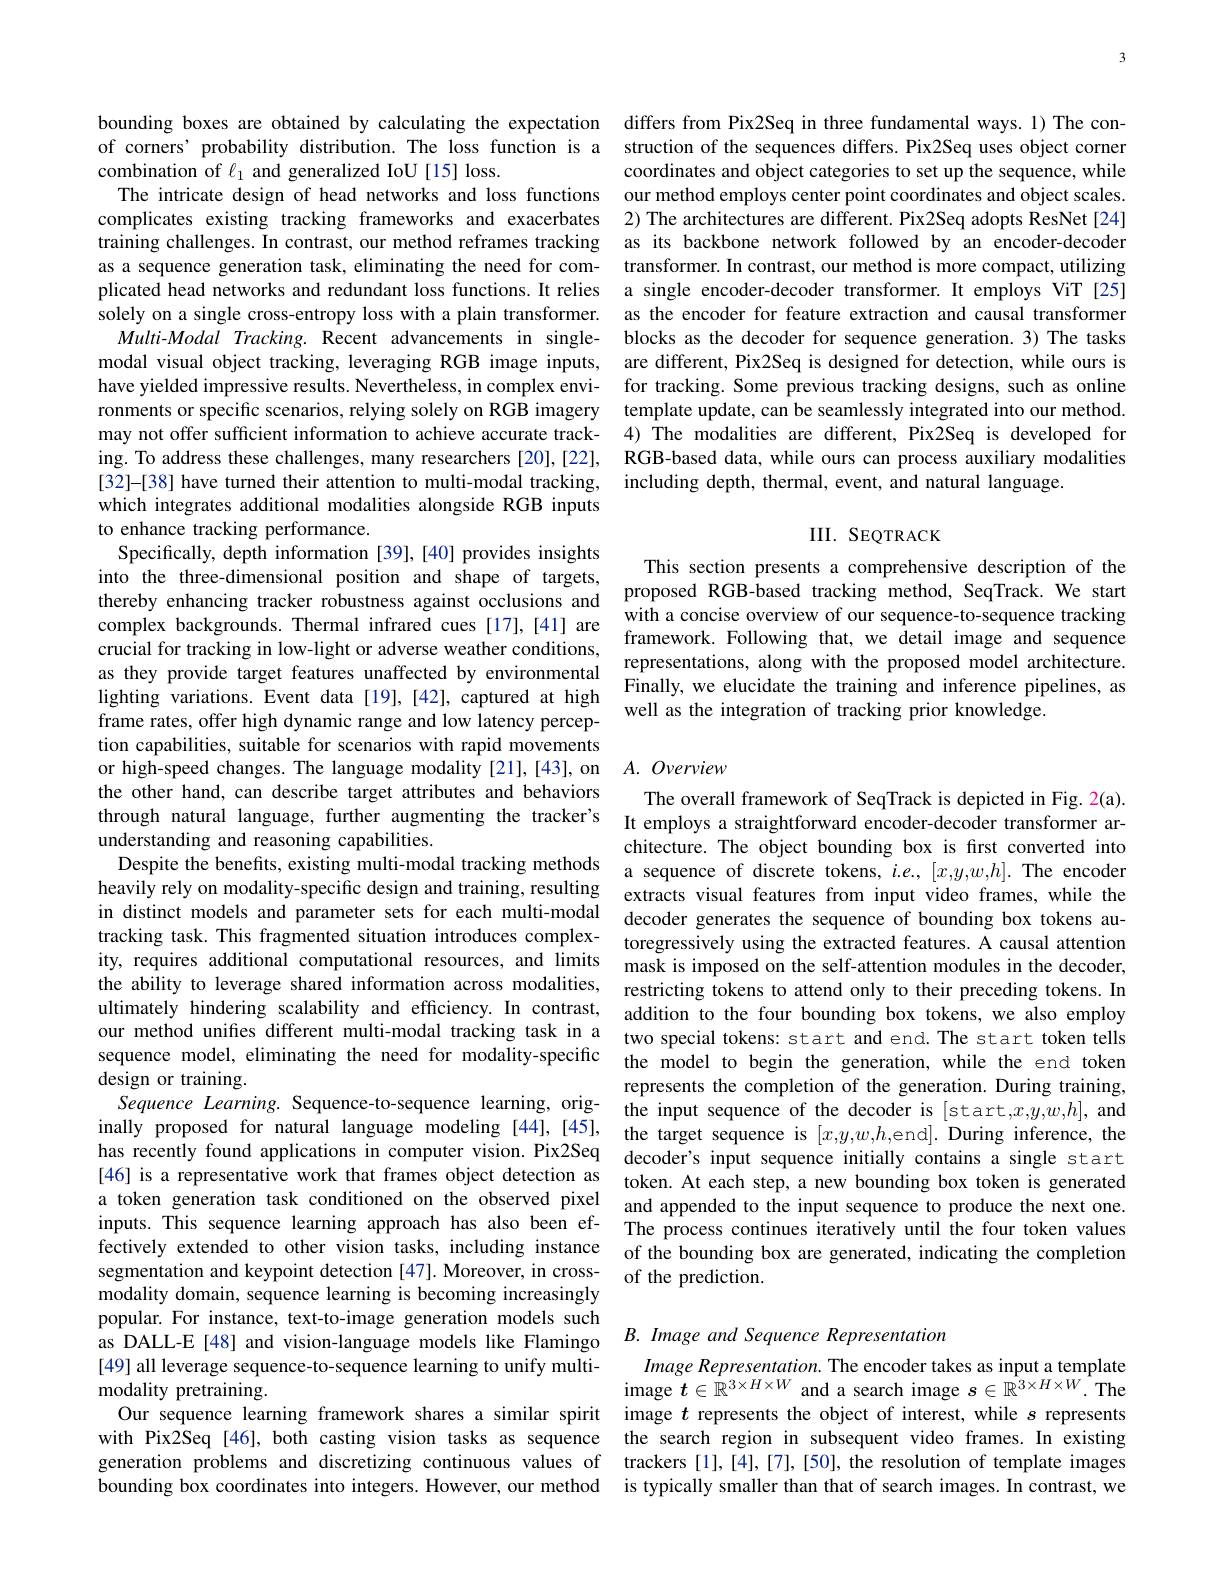
of corners' probability distribution. The loss function is a
combination of $\ell_1$ and generalized IoU [15] loss.
The intricate design of head networks and loss functions complicates existing tracking frameworks and exacerbates training challenges. In contrast, our method reframes tracking as a sequence generation task, eliminating the need for comsolely on a single cross-entropy loss with a plain transformer. Multi-Modal Tracking. Recent advancements in singlemodal visual object tracking, leveraging RGB image inputs, have yielded impressive results. Nevertheless, in complex environments or specific scenarios, relying solely on RGB imagery may not offer sufficient information to achieve accurate tracking. To address these challenges, many researchers [20],[22], [32]-[38] have turned their attention to multi-modal tracking, which integrates additional modalities alongside RGB inputs to enhance tracking performance.
Specifically, depth information [39],[40] provides insights complex backgrounds. Thermal infrared cues [17],[41] are crucial for tracking in low-light or adverse weather conditions, as they provide target features unaffected by environmental lighting variations. Event data [19],[42], captured at high frame rates, offer high dynamic range and low latency perception capabilities, suitable for scenarios with rapid movements the other hand, can describe target attributes and behaviors through natural language, further augmenting the tracker's It employs a straightforward encoder-decoder transformer ar-
understanding and reasoning capabilities.
Despite the benefits, existing multi-modal tracking methods heavily rely on modality-specific design and training, resulting in distinct models and parameter sets for each multi-modal decoder generates the sequence of bounding box tokens au-
tracking task. This fragmented situation introduces complex-
ity, requires additional computational resources, and $\lim$ts mask is imposed on the self-attention modules in the decoder,
the ability to leverage shared information across modalities,
ultimately hindering scalability and efficiency. In contrast, addition to the four bounding box tokens, we also employ our method unifies different multi-modal tracking task in a two special tokens: start and end. The start token tells sequence model, eliminating the need for modality-specific the model to begin the generation, while the end token design or training.
Sequence Learning. Sequence-to-sequence learning, orig-
inally proposed for natural language modeling [44],[45], the target sequence is $[ x, y, w, h$,end]. During inference, thes racentive forentis $^{(2)}$ has recently found applications in computer vision. Pix2Seq decoder's input sequence initially contains a single start [46] is a representative work that frames object detection as token. At each step, a new bounding box token is generated a token generation task conditioned on the observed pixel and appended to the input sequence to produce the next one inputs. This sequence learning approach has also been ef- The process continues iteratively until the four token values fectively extended to other vision tasks, including instance of the bounding box are generated, indicating the completion segmentation and keypoint detection [47].Moreover, in crossmodality domain, sequence learning is becoming increasingly popular. For instance, text-to-image generation models such as DALL-E [48] and vision-language models like Flamingo $B.Imageand$ Sequence Representation
[49] all leverage sequence-to-sequence learning to unify multi-
modality pretraining.
Our sequence learning framework shares a similar spirit image $t$ represents the object of interest, while $s$ represents with Pix2Seq [46], both casting vision tasks as sequence the search region in subsequent video frames. In existing generation problems and discretizing continuous values of
bounding box coordinates into integers. However, our method is typically smaller than that of search images. In contrast, we

bounding boxes are obtained by calculating the expectation differs from Pix2Seq in three fundamental ways. 1) The con-
struction of the sequences differs. Pix2Seq uses object corner coordinates and object categories to set up the sequence, while our method employs center point coordinates and object scales. 2) The architectures are different. Pix2Seq adopts ResNet[24] as its backbone network followed by an encoder-decoder transformer. In contrast, our method is more compact, utilizing
plicated head networks and redundant loss functions. It relies a single encoder-decoder transformer. It employs ViT[25]
as the encoder for feature extraction and causal transformer blocks as the decoder for sequence generation.3) The tasks are different, Pix2Seq is designed for detection, while ours is for tracking. Some previous tracking designs, such as online template update, can be seamlessly integrated into our method. 4) The modalities are different, Pix2Seq is developed for RGB-based data, while ours can process auxiliary modalities including depth, thermal, event, and natural language.

### III. SEQTRACK

This section presents a comprehensive description of the
into the three-dimensional position and shape of targets, Proposed RGB-based tracking method, SeqTrack. We start thereby enhancing tracker robustness against occlusions and proposed RGB-based tracking method, SeqTrack. We start
with a concise overview of our sequence-to-sequence tracking framework. Following that, we detail image and sequence representations, along with the proposed model architecture. Finally, we elucidate the training and inference pipelines, as well as the integration of tracking prior knowledge.

## or high-speed changes. The language modality [21],[43], on $A.Overview$

The overall framework of SeqTrack is depicted in Fig. 2(a). chitecture. The object bounding box is first converted into a sequence of discrete tokens, $i.e.,[x,y,w,h].$ The encoder extracts visual features from input video frames, while the toregressively using the extracted features. A causal attention restricting tokens to attend only to their preceding tokens. In represents the completion of the generation. During training, the input sequence of the decoder is [start,x,y,w,h], and of the prediction.

Image Representation. The encoder takes as input a template image $t\in\mathbb{R}^{3\times H\times W}$ and a search image $s\in\tilde{\mathbb{R}}^{3\times H\times W}.$The trackers [1], [4], [7], [50], the resolution of template images